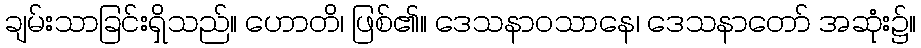
ချမ်းသာခြင်းရှိသည်။ ဟောတိ၊ ဖြစ်၏။ ဒေသနာဝသာနေ၊ ဒေသနာတော် အဆုံး၌။